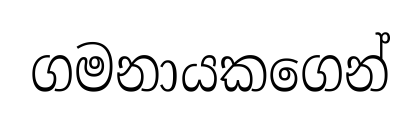
ගමනායකගෙන්